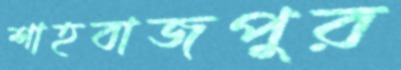
শাহবাজপুর